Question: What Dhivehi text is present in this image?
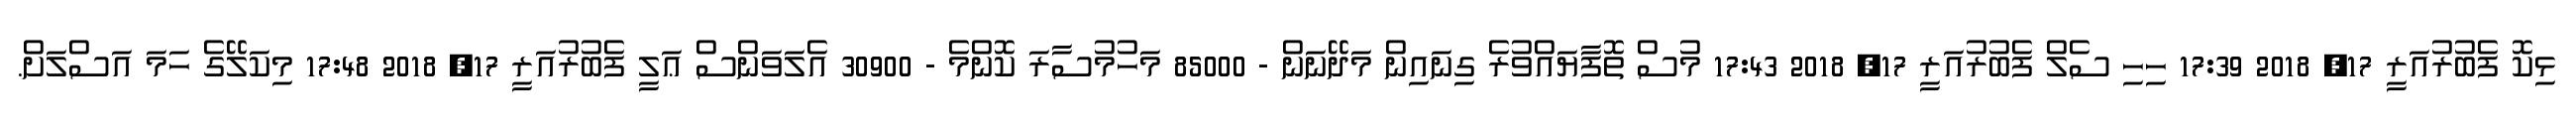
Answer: ޅިކޮ ފެބުރުއަރީ 17, 2018 17:39 ހިހި ސެލް ފެބުރުއަރީ 17, 2018 17:43 މުސް ތޮފާޔައްވުރެ ގިނައިން މަދޭނަން - 85000 މަހުމުސާރަ ކޮންމެ - 30900 އެލަވަންސް ޢަލީ ފެބުރުއަރީ 17, 2018 17:48 މިކަލޭގެ ހަމަ އަސްލަށް.